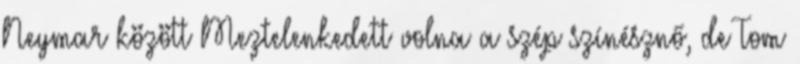
Neymar között Meztelenkedett volna a szép színésznő, de Tom